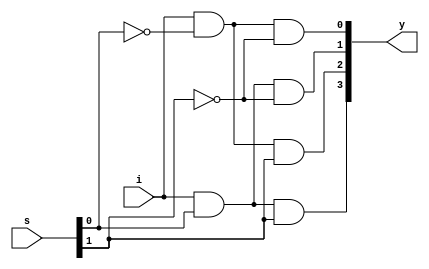
`timescale 1ns / 1ps
//////////////////////////////////////////////////////////////////////////////////
// Company: 
// Engineer: 
// 
// Design Name: 
// Module Name: DEMUX4to1_GateLevel
// Project Name: 
// Target Devices: 
// Tool Versions: 
// Description: 
// 
// Dependencies: 
// 
// Revision:
// Revision 0.01 - File Created
// Additional Comments:
// 
//////////////////////////////////////////////////////////////////////////////////


module DEMUX4to1_GateLevel(s, i, y);
input i;
input [1:0]s;
output [3:0]y;
wire [1:0]sb;
not n1(sb[0], s[0]);
not n2(sb[1], s[1]);
and g1(y[0], i, sb[0], sb[1]);
and g2(y[1], i, s[0], sb[1]);
and g3(y[2], i, sb[0], s[1]);
and g4(y[3], i, s[0], s[1]);
endmodule